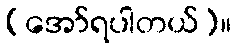
(အော်ရပါတယ်)။